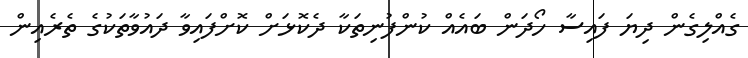
ގެއްލިގެން ދިޔަ ފައިސާ ހޯދަން ބައެއް ކުންފުނިތަކާ ދެކޮޅަށް ކޮށްފައިވާ ދައުވާތަކުގެ ތެރެއިން